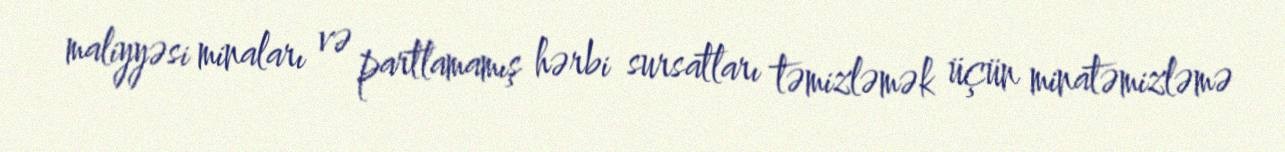
maliyyəsi minaları və partlamamış hərbi sursatları təmizləmək üçün minatəmizləmə